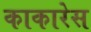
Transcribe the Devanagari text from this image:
काकारेस